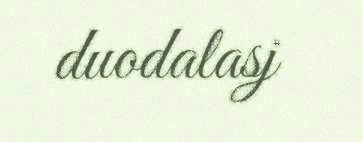
duodalasj